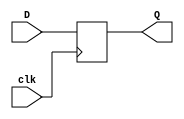
module dff(D, clk, Q);
	parameter 					n = 19;
	input 		[n-1:0]		D;
	input							clk;
	output reg	[n-1:0]		Q;
	
	always @ (posedge clk)
	begin
		Q <= D;
	end
endmodule